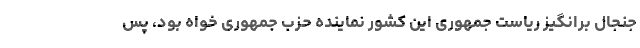
جنجال برانگیز ریاست جمهوری این کشور نماینده حزب جمهوری خواه بود، پس